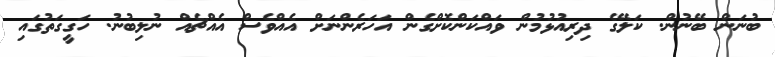
ބުނަން ބޭނުން. ކަލޭގެ ދިރިއުޅުމުން ވައްކަންކޮށްގެން އަހަރެންނަށް އެއްވެސް އެއްޗެއް ނުލިބުނު. ހަގީގަތުގައި